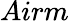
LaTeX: Airm